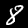
Label: 8